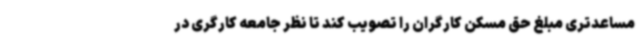
مساعدتری مبلغ حق مسکن کارگران را تصویب کند تا نظر جامعه کارگری در